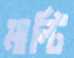
মাল্টি